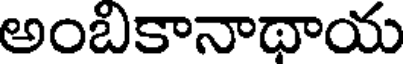
అంబికానాథాయ